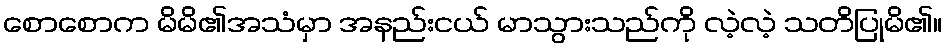
စောစောက မိမိ၏အသံမှာ အနည်းငယ် မာသွားသည်ကို လဲ့လဲ့ သတိပြုမိ၏။